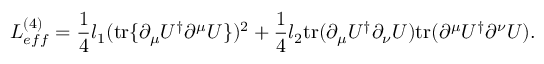
{ \cal L } _ { e f f } ^ { ( 4 ) } = \frac 1 4 l _ { 1 } ( \mathrm { t r } \{ \partial _ { \mu } U ^ { \dagger } \partial ^ { \mu } U \} ) ^ { 2 } + \frac 1 4 l _ { 2 } \mathrm { t r } ( \partial _ { \mu } U ^ { \dagger } \partial _ { \nu } U ) \mathrm { t r } ( \partial ^ { \mu } U ^ { \dagger } \partial ^ { \nu } U ) .